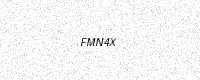
Text: FMN4X